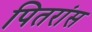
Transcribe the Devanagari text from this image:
पितरांस